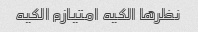
نظرها الکیه امتیازم الکیه